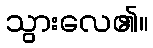
သွားလေ၏။